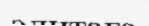
элитаға